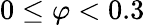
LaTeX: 0\leq\varphi<0.3